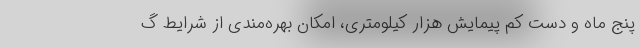
پنج ماه و دست کم پیمایش هزار کیلومتری، امکان بهره‌مندی از شرایط گ